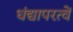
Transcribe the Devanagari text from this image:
धंद्यापरत्वें